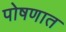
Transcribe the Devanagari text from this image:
पोषणात